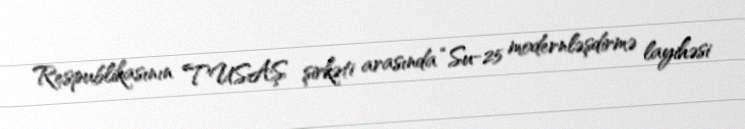
Respublikasının TUSAŞ şirkəti arasında “Su-25 modernləşdirmə layihəsi